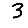
Digit: 3